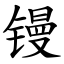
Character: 镘